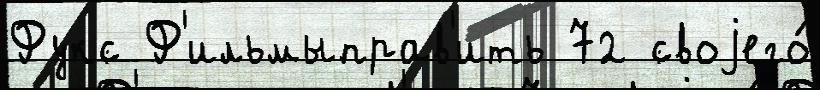
Фукс Ф'ильмыправ'ить 72 своjего́